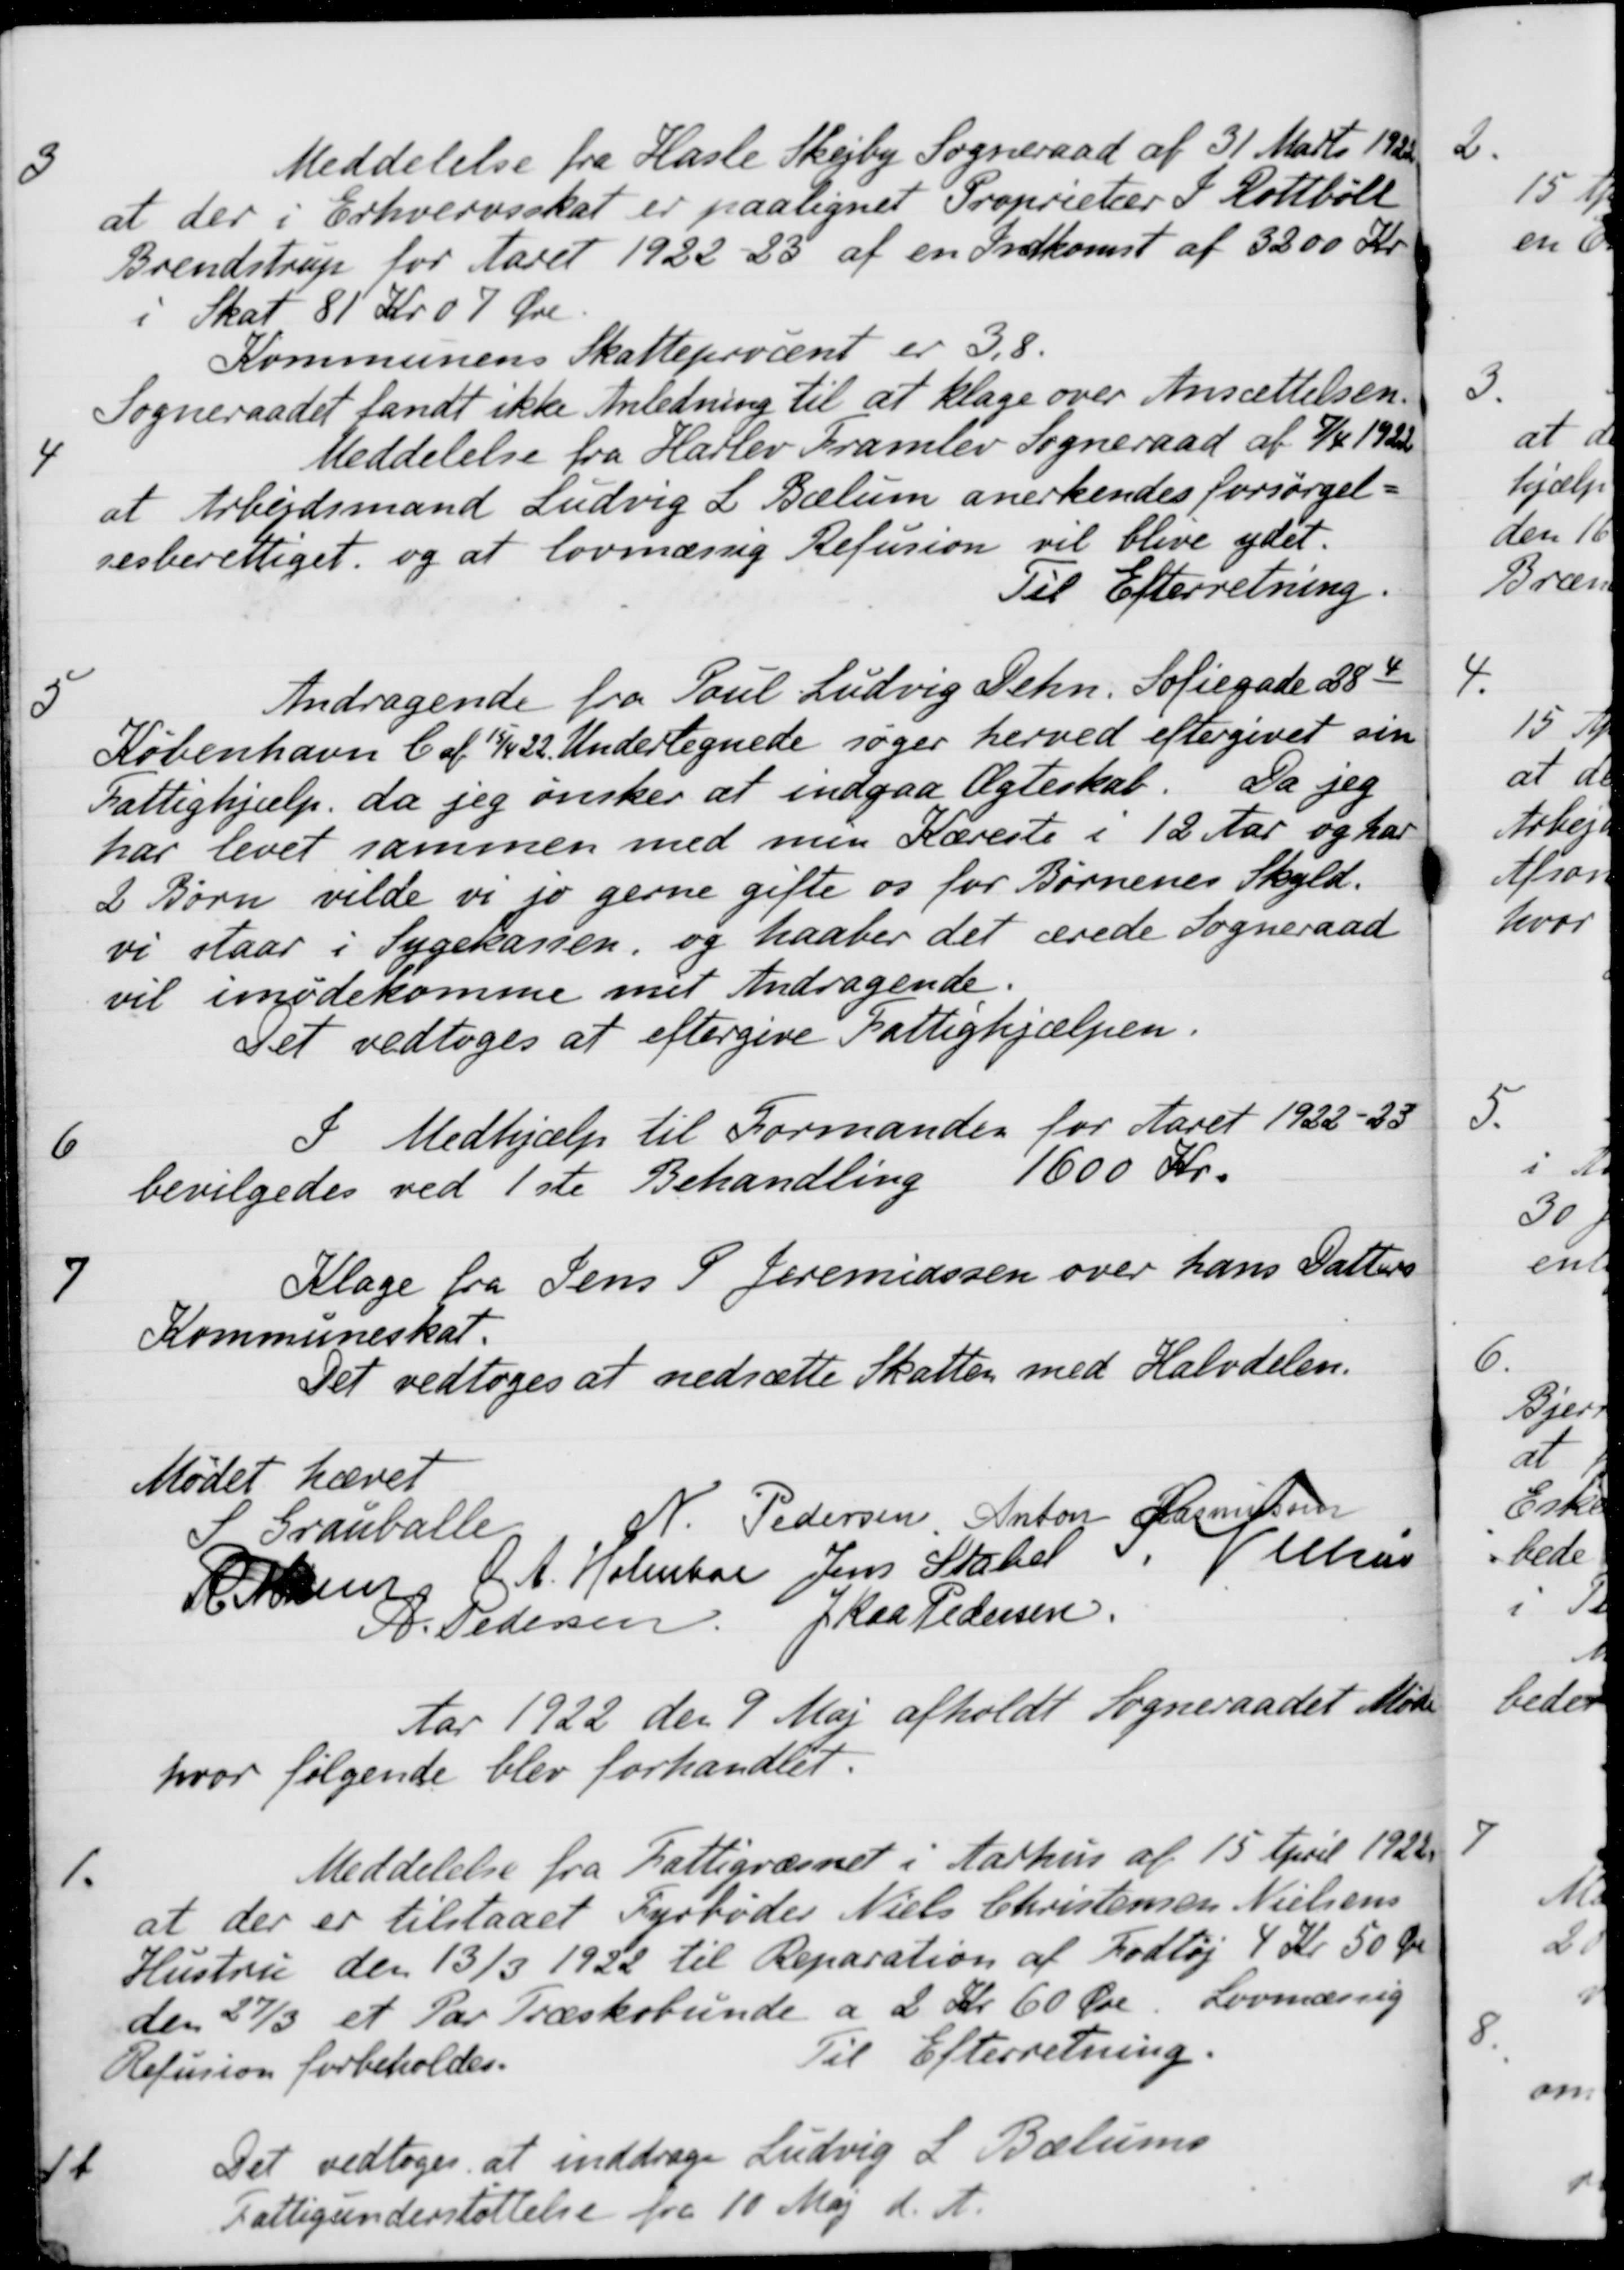
Transskription:
3
Meddelelse fra Hasle Skejby Sogneraad af 31 Marts 1922
at der i Erhvervsskat er paalignet Proprietær P. Rottbøll
Brendstrup for Aaret 1922 23 af en Indkomst af 3200 Kr.
i Skat 81 Kr. 07 Øre.
Kommunens Skatteprocent er 3,8.
Sogneraadet fandt ikke Anledning til at klage over Ansættelsen.
4
Meddelelse fra Haslev Framlev Sogneraad af 7/4 1922
at Arbejdsmand Ludvig L. Balum anerkendes forsørgel-
sesberettiget, og at lovmæssig Refusion vil blive ydet.
Til Efterretning.
5
Andragende fra Poul Ludvig Dehn. Sofiegade 28 4.
København C af 15/4 22. Undertegnede søger herved eftergivet sin
Fattighjælp, da jeg ønsker at indgaa Ægteskab
Da jeg
har levet sammen med men Kæreste i 12 Aar og har
2 Børn vilde vi jo gerne gifte os for Børnenes Skyld.
vi staar i Sygekassen, og haaber det ærede Sogneraad
vil imødekomme med Andragende.
Det vedtoges at eftergive Fattighjælpen.
6
I Medhjælp til Formanden for Aaret 1922-23
bevilgedes ved 1ste Behandling 1600 Kr.
7
Klage fra Jens P. Jeremiassen over hans Datters
Kommuneskat.
Det vedtoges at nedsætte Skatten med Halvdelen.
Mødet hævet
S. Grauballe
N. Pedersen,
Anton Rasmussen
R. Mainz
A. Holmboe
Jens Stabel
S. Nielsen
A. Pedersen
J Kaa Pedersen
Aar 1922 den 9 Maj afholdt Sogneraadet Møde
hvor følgende blev forhandlet.
1.
Meddelelse fra Fattigvæsnet i Aarhus af 15 April 1922,
at der er tilstaaet Fyrbøder Niels Christensen Nielsens
Hustru den 13/3 1922 til Reparation af Fodtøj 4 Kr. 50 Øre
den 27/3 et Par Træskobunde a 2 Kr. 60 Øre. Lovmæssig
Refusion forbeholdes.
Til Efterretning.
11
Det vedtoges at inddrage Ludvig L. Bælums
Fattigunderstøttelse fra 10 Maj d. A.